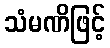
သံမဏိဖြင့်